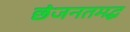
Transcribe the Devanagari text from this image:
छंजनतमद्ध